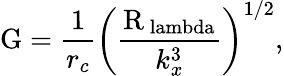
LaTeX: \mathrm{G}=\frac{1}{r_{c}}\left(\frac{\mathrm{R_{\ lambda}}}{k_{x}^{3}}\right)^{1/2},